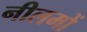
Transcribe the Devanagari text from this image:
नीलमों